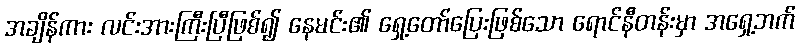
အချိန်ကား လင်းအားကြီးပြီဖြစ်၍ နေမင်း၏ ရှေ့တော်ပြေးဖြစ်သော ရောင်နီတန်းမှာ အရှေ့ဘက်